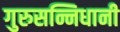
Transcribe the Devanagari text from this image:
गुरुसन्निधानी